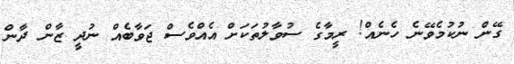
ގޭން ނުކުމެވޭނެ ހެނެއް! ރީމާގެ ސުވާލުތަކަށް އެއްވެސް ޖަވާބެއް ނުދީ ޒާން ދާން